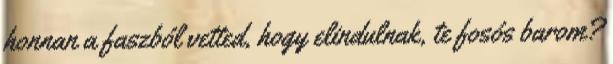
honnan a faszból vetted, hogy elindulnak, te fosós barom?